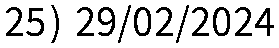
25) 29/02/2024